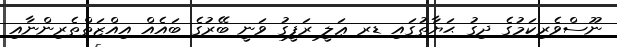
ނޫސްވެރިކަމުގެ ދިގު ޙަޔާތުގައި ޑރ ޢަލީ ރަފީގު ވަނީ ބޭރުގެ ބައެއް އިއްޒަތްތެރިންނާއި